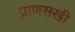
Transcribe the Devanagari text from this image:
प्राणसखी